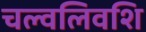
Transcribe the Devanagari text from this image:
चल्वलिवशि